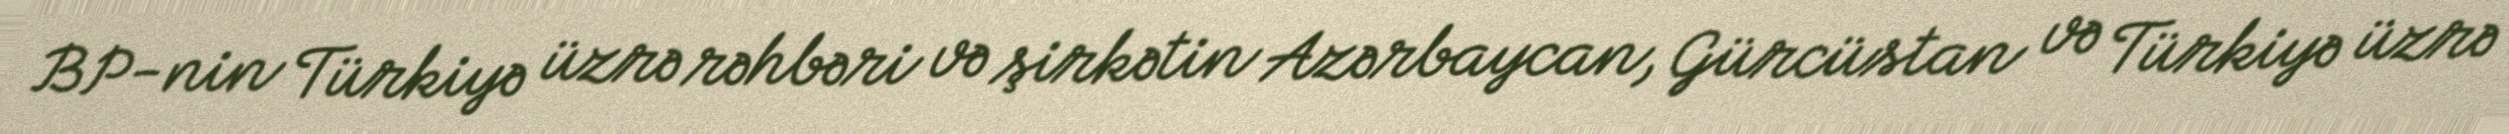
BP-nin Türkiyə üzrə rəhbəri və şirkətin Azərbaycan, Gürcüstan və Türkiyə üzrə